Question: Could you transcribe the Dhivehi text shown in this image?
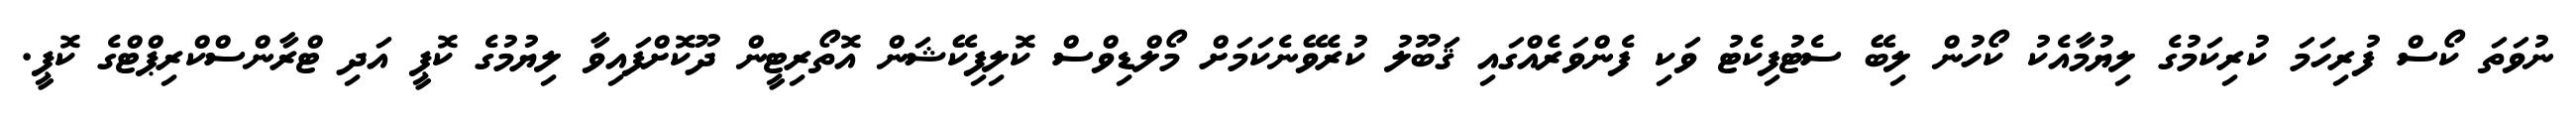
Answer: ނުވަތަ ކޯސް ފުރިހަމަ ކުރިކަމުގެ ލިޔުމާއެކު ކޯހުން ލިބޭ ސެޓުފިކެޓު ވަކި ފެންވަރެއްގައި ޤަބޫލު ކުރެވޭނެކަމަށް މޯލްޑިވްސް ކޮލިފިކޭޝަން އޮތޯރިޓީން ދޫކޮށްފައިވާ ލިޔުމުގެ ކޮޕީ އަދި ޓްރާންސްކްރިޕްޓްގެ ކޮޕީ.